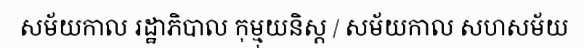
សម័យកាល រដ្ឋាភិបាល កុម្មុយនិស្ត / សម័យកាល សហសម័យ